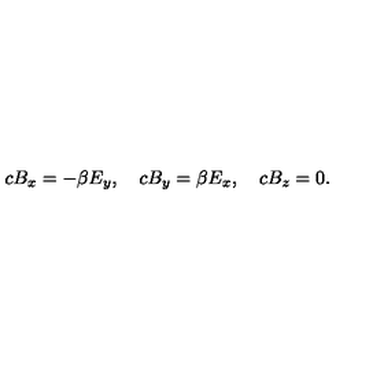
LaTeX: c B _ { x } = - \beta E _ { y } , \quad c B _ { y } = \beta E _ { x } , \quad c B _ { z } = 0 .